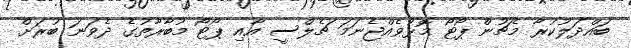
ބައްދަލުކުރާ މެޗުން ޕޯޓޯ މޮޅުވެއްޖެނަމަ ޗެލްސީ އާއި ޕޯޓޯ މުބާރާތުގެ ދެވަނަ ބުރަށް